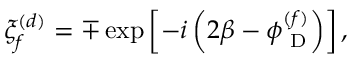
\xi _ { f } ^ { ( d ) } = \mp \exp \left[ - i \left( 2 \beta - \phi _ { \mathrm { { \scriptsize ~ D } } } ^ { ( f ) } \right) \right] ,